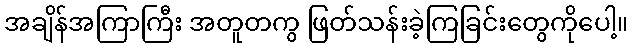
အချိန်အကြာကြီး အတူတကွ ဖြတ်သန်းခဲ့ကြခြင်းတွေကိုပေါ့။